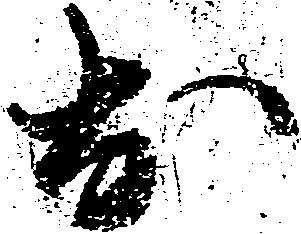
於